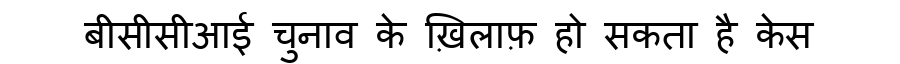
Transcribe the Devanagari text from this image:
बीसीसीआई चुनाव के ख़िलाफ़ हो सकता है केस